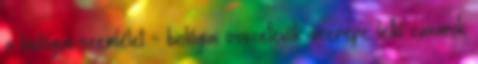
a biológiai szemlélet - biológiai összetevők szerepe lelki zavarok